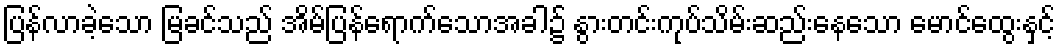
ပြန်လာခဲ့သော မြခင်သည် အိမ်ပြန်ရောက်သောအခါ၌ နွားတင်းကုပ်သိမ်းဆည်းနေသော မောင်ထွေးနှင့်